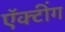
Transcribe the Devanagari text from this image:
ऍक्टींग